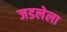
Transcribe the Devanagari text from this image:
जडलेला